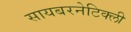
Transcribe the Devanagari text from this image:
सायबरनेटिक्ली